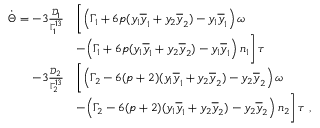
\begin{array} { r l } { \dot { \Theta } = - 3 \frac { \mathcal { D } _ { 1 } } { \Gamma _ { 1 } ^ { 1 3 } } } & { \bigg [ \Big ( \Gamma _ { 1 } + 6 p ( y _ { 1 } \overline { { y } } _ { 1 } + y _ { 2 } \overline { { y } } _ { 2 } ) - y _ { 1 } \overline { { y } } _ { 1 } \Big ) \, \omega } \\ & { - \Big ( \Gamma _ { 1 } + 6 p ( y _ { 1 } \overline { { y } } _ { 1 } + y _ { 2 } \overline { { y } } _ { 2 } ) - y _ { 1 } \overline { { y } } _ { 1 } \Big ) \, n _ { 1 } \bigg ] \, \tau } \\ { - 3 \frac { \mathcal { D } _ { 2 } } { \Gamma _ { 2 } ^ { 1 3 } } } & { \bigg [ \Big ( \Gamma _ { 2 } - 6 ( p + 2 ) ( y _ { 1 } \overline { { y } } _ { 1 } + y _ { 2 } \overline { { y } } _ { 2 } ) - y _ { 2 } \overline { { y } } _ { 2 } \Big ) \, \omega } \\ & { - \Big ( \Gamma _ { 2 } - 6 ( p + 2 ) ( y _ { 1 } \overline { { y } } _ { 1 } + y _ { 2 } \overline { { y } } _ { 2 } ) - y _ { 2 } \overline { { y } } _ { 2 } \Big ) \, n _ { 2 } \bigg ] \, \tau \ , } \end{array}